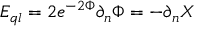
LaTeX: E _ { q l } = 2 e ^ { - 2 \Phi } \partial _ { n } \Phi = - \partial _ { n } X \,